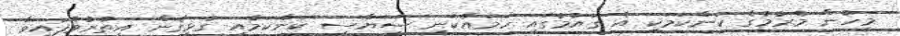
މީހުން މެރުމުގެ ކަންކަމަކި އެ ގައުމުގައި ހަމައެކަނި ސިޔާސީ ކަންކަމާއި ގުޅިގެން އިތުރުވެފައިވާ